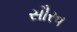
સૌરવ